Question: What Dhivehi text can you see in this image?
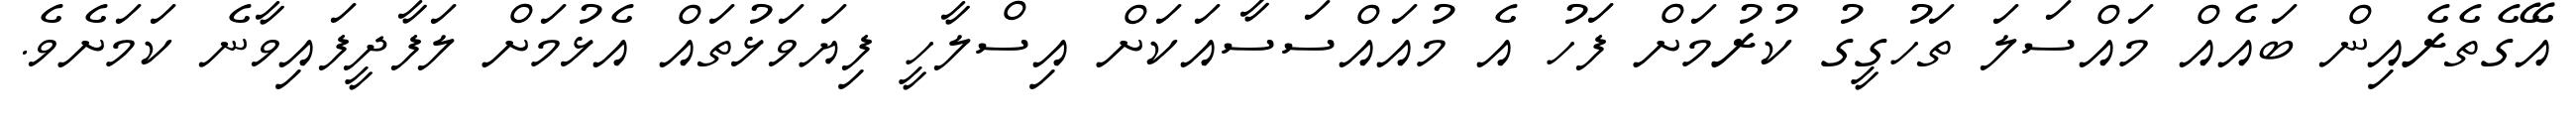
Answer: އޭގެތެރެއިން ބައެއް މައްސަލަ ތަހުގީގު ކުރުމަށް ފަހު އެ މުއައްސަސާއަކަށް އިސްލާހީ ފިޔަވަޅުތައް އެޅުމަށް ލަފާދީފައިވާނެ ކަމަށެވެ.